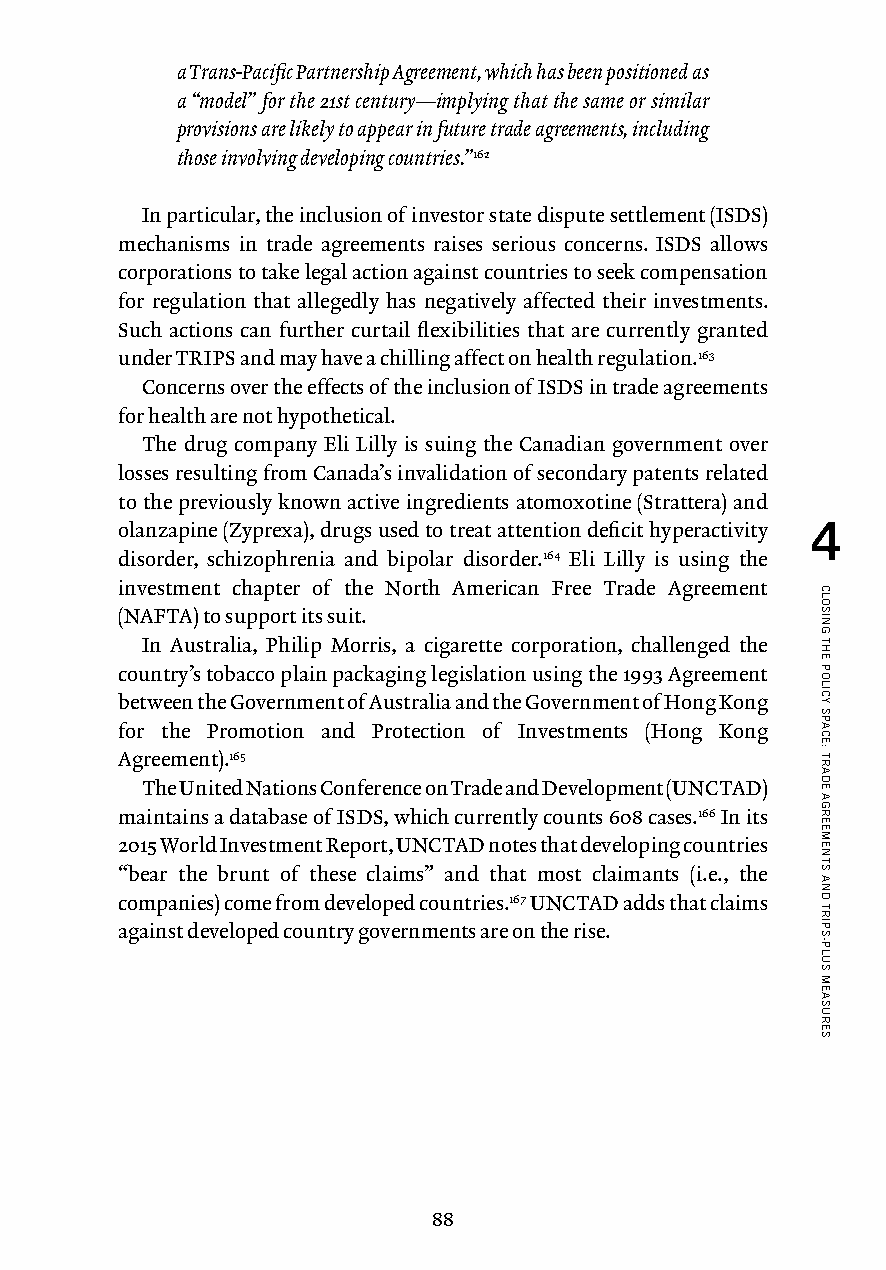
a Trans-Pacific Partnership Agreement, which has been positioned as
 a “model” for the 21st century — implying that the same or similar
 provisions are likely to appear in future trade agreements, including
 those involving developing countries.”162
 In particular, the inclusion of investor state dispute settlement (ISDS)
 mechanisms in trade agreements raises serious concerns. ISDS allows
 corporations to take legal action against countries to seek compensation
 for regulation that allegedly has negatively affected their investments.
 Such actions can further curtail flexibilities that are currently granted
 under TRIPS and may have a chilling affect on health regulation.163
 Concerns over the effects of the inclusion of ISDS in trade agreements
 for health are not hypothetical.
 The drug company Eli Lilly is suing the Canadian government over
 losses resulting from Canada’s invalidation of secondary patents related
 to the previously known active ingredients atomoxotine (Strattera) and
 olanzapine (Zyprexa), drugs used to treat attention deficit hyperactivity 4
 disorder, schizophrenia and bipolar disorder.164 Eli Lilly is using the
 investment chapter of the North American Free Trade Agreement
 (NAFTA) to support its suit.
 In Australia, Philip Morris, a cigarette corporation, challenged the
 country’s tobacco plain packaging legislation using the 1993 Agreement
 between the Government of Australia and the Government of Hong Kong
 for the Promotion and Protection of Investments (Hong Kong
 Agreement).165
 The United Nations Conference on Trade and Development (UNCTAD)
 maintains a database of ISDS, which currently counts 608 cases.166 In its
 2015 World Investment Report, UNCTAD notes that developing countries
 “bear the brunt of these claims” and that most claimants (i.e., the
 companies) come from developed countries.167 UNCTAD adds that claims
 against developed country governments are on the rise.
 88
 CLOSING
 THE
 POLICY
 SPACE:
 TRADE
 AGREEMENTS
 AND
 TRIPS-PLUS
 MEASURES